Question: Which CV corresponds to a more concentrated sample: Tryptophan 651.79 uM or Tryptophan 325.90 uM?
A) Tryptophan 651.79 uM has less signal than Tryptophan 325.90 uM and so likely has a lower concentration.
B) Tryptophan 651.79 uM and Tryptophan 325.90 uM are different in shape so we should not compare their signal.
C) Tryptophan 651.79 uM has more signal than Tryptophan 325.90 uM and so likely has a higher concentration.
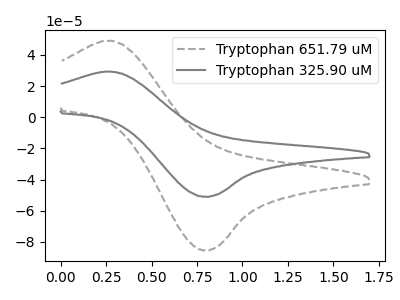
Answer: <think>The gray dashed curve "Tryptophan 651.79 uM" has an anodic peak at (0.30V, 49.05uA) and a cathodic peak at (0.80V, -85.40uA). The gray curve "Tryptophan 325.90 uM" has an anodic peak at (0.30V, 29.25uA) and a cathodic peak at (0.80V, -50.95uA).
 All the peaks in "Tryptophan 651.79 uM" have a peak in "Tryptophan 325.90 uM" at the same potential. Every peak in "Tryptophan 651.79 uM" is higher than every peak in "Tryptophan 325.90 uM".</think>
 <answer>C) "Tryptophan 651.79 uM" has more signal than "Tryptophan 325.90 uM" and so likely has a higher concentration.</answer>
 <eval>C</eval>